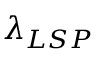
\lambda _ { L S P }